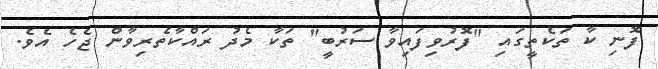
ފޮނި ކާ ތަކެތީގައި "ފޮރުވިފައިވާ ސަރުބީ" ތަކާ މެދު ރައްކާތެރިވާން ޖެހެ އެވެ.